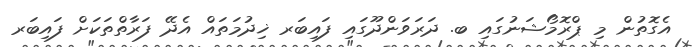
އެގޮތުން މި ޕްރޮމޯޝަނުގައި ބ. ދަރަވަންދޫގައި ފައިބަރ ޚިދުމަތައް އެދޭ ފަރާތްތަކަށް ފައިބަރ